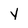
Character: y